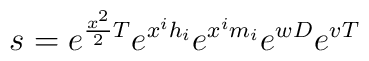
s=e^{{x^2\over 2}T} e^{x^i h_i} e^{x^i m_i} e^{w D} e^{v T}